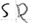
Text: SR